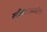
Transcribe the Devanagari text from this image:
स्त्रीवादामधील